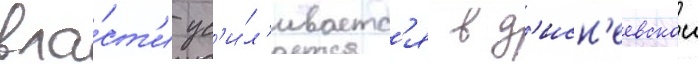
вла́ст'и ус'и́л'иваетс'я в д'исн'еевскои